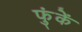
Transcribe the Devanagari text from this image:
फुंकें